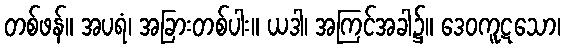
တစ်ဖန်။ အပရံ၊ အခြားတစ်ပါး။ ယဒါ၊ အကြင်အခါ၌။ ဒေဝကူဋသော၊